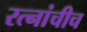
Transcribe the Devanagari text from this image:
रत्नांचीच